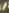
/